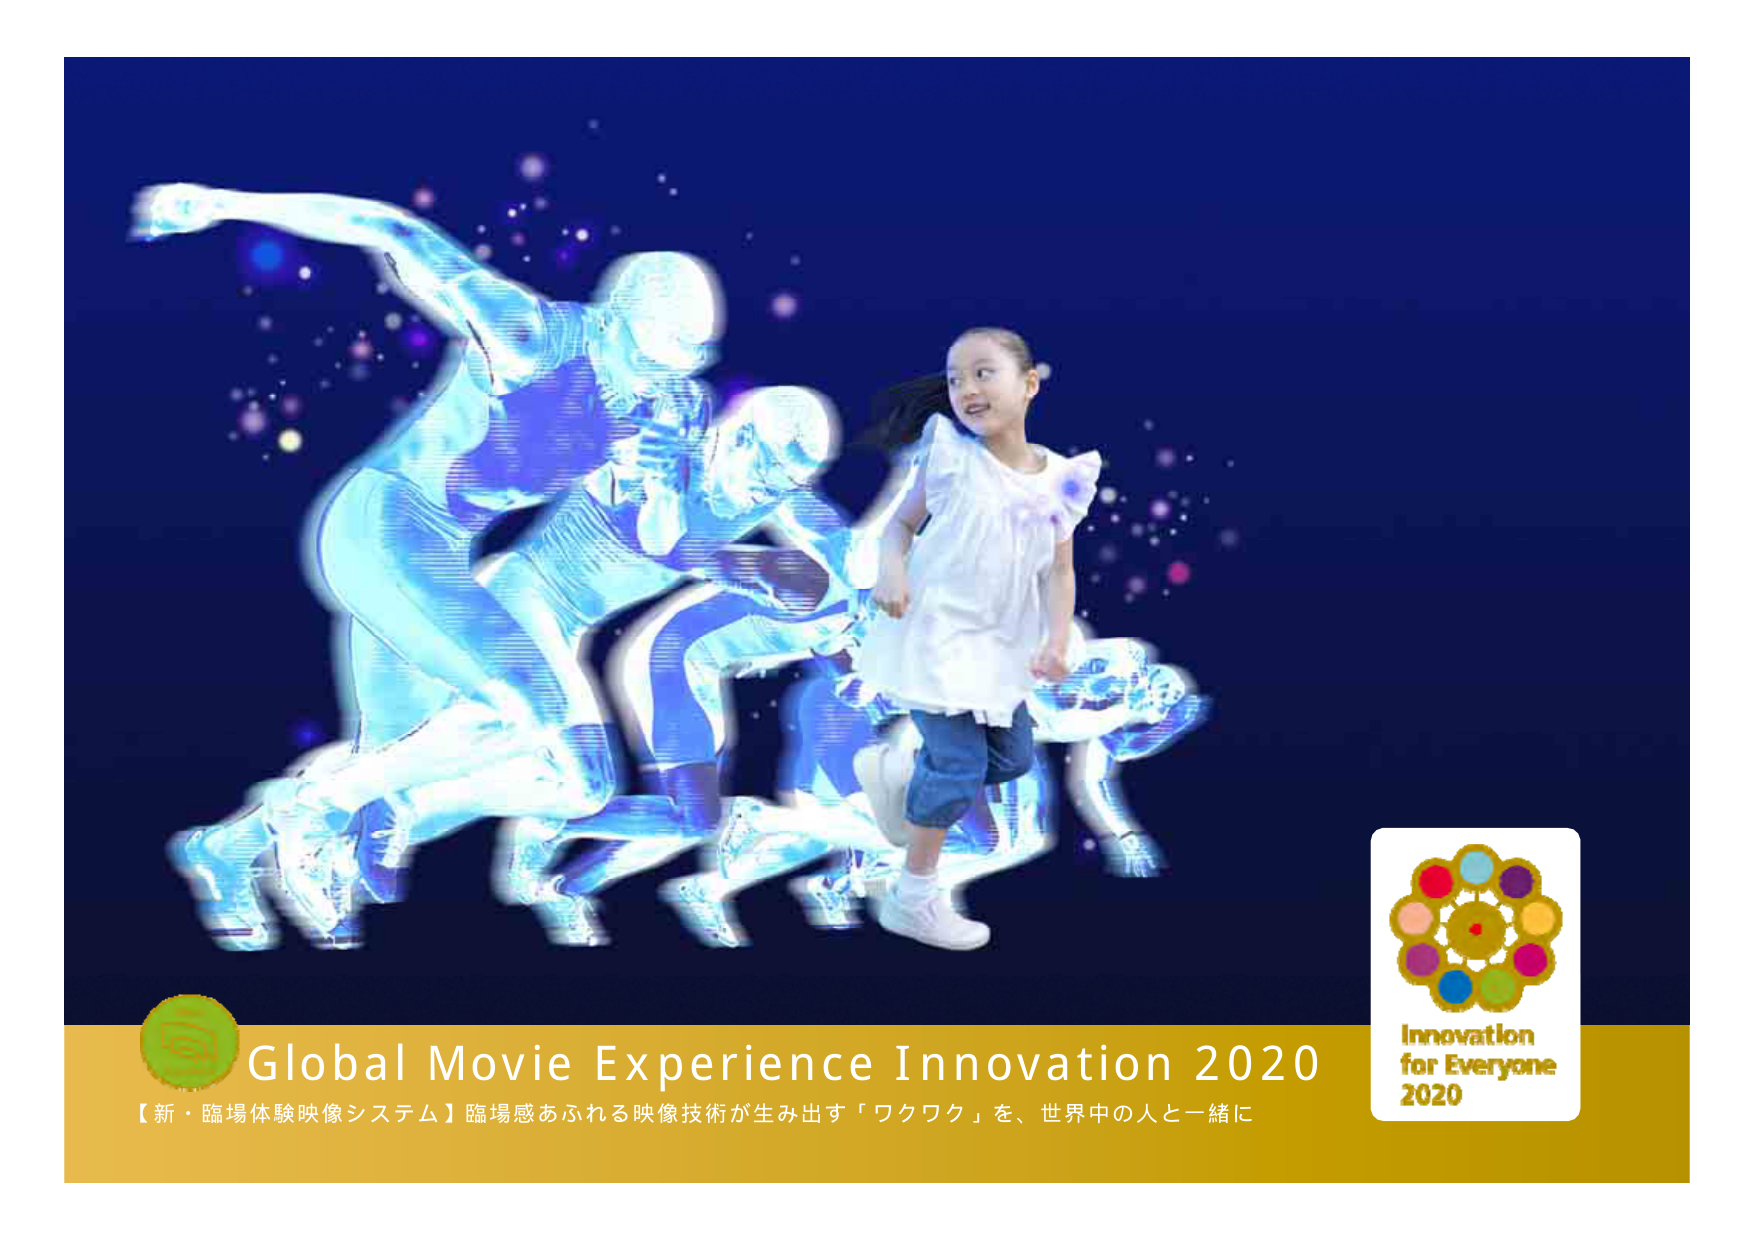
Global Movie Experience Innovation 2020
【新・臨場体験映像システム】臨場感あふれる映像技術が生み出す「ワクワク」を、世界中の人と一緒に
Innovation for Everyone 2020